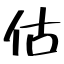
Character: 估